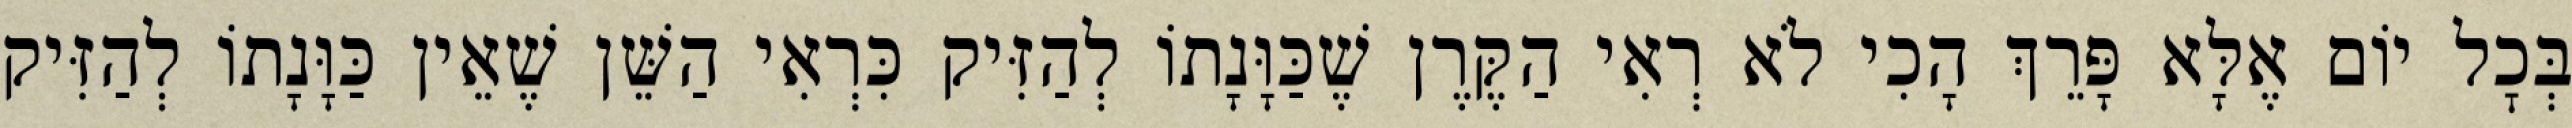
בְּכׇל יוֹם אֶלָּא פָּרֵךְ הָכִי לֹא רְאִי הַקֶּרֶן שֶׁכַּוָּנָתוֹ לְהַזִּיק כִּרְאִי הַשֵּׁן שֶׁאֵין כַּוָּנָתוֹ לְהַזִּיק